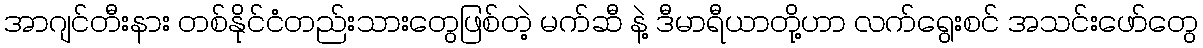
အာဂျင်တီးနား တစ်နိုင်ငံတည်းသားတွေဖြစ်တဲ့ မက်ဆီ နဲ့ ဒီမာရီယာတို့ဟာ လက်ရွေးစင် အသင်းဖော်တွေ